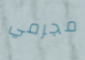
مجرمي